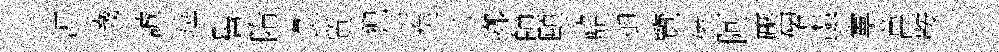
鿌璣誠竝髫隋彘質猊于矣二鄕師頤鼐御覽儕阿壓僊螙寕菖鞍